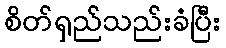
စိတ်ရှည်သည်းခံပြီး